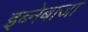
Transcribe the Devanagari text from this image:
इब्नेबाजा